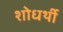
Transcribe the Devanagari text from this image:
शोधर्थी